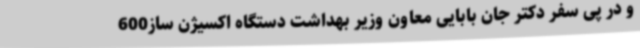
و در پی سفر دکتر جان بابایی معاون وزیر بهداشت دستگاه اکسیژن ساز600